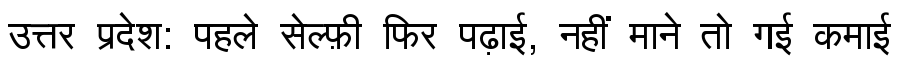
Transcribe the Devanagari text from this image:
उत्तर प्रदेश: पहले सेल्फ़ी फिर पढ़ाई, नहीं माने तो गई कमाई